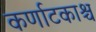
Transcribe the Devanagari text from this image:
कर्णाटकाश्च